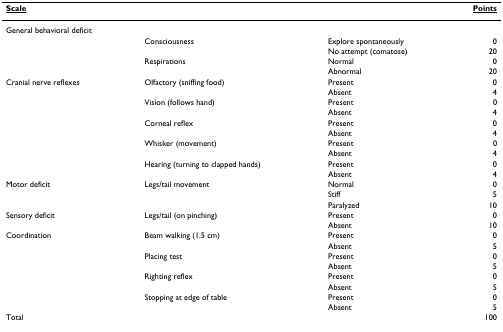
<table><thead><tr><td><b><underline>Scale</underline></b></td><td></td><td></td><td><b><underline>Points</underline></b></td></tr></thead><tbody><tr><td>General behavioral deficit</td><td></td><td></td><td></td></tr><tr><td></td><td>Consciousness</td><td>Explore spontaneously</td><td>0</td></tr><tr><td></td><td></td><td>No attempt (comatose)</td><td>20</td></tr><tr><td></td><td>Respirations</td><td>Normal</td><td>0</td></tr><tr><td></td><td></td><td>Abnormal</td><td>20</td></tr><tr><td>Cranial nerve reflexes</td><td>Olfactory (sniffing food)</td><td>Present</td><td>0</td></tr><tr><td></td><td></td><td>Absent</td><td>4</td></tr><tr><td></td><td>Vision (follows hand)</td><td>Present</td><td>0</td></tr><tr><td></td><td></td><td>Absent</td><td>4</td></tr><tr><td></td><td>Corneal reflex</td><td>Present</td><td>0</td></tr><tr><td></td><td></td><td>Absent</td><td>4</td></tr><tr><td></td><td>Whisker (movement)</td><td>Present</td><td>0</td></tr><tr><td></td><td></td><td>Absent</td><td>4</td></tr><tr><td></td><td>Hearing (turning to clapped hands)</td><td>Present</td><td>0</td></tr><tr><td></td><td></td><td>Absent</td><td>4</td></tr><tr><td>Motor deficit</td><td>Legs/tail movement</td><td>Normal</td><td>0</td></tr><tr><td></td><td></td><td>Stiff</td><td>5</td></tr><tr><td></td><td></td><td>Paralyzed</td><td>10</td></tr><tr><td>Sensory deficit</td><td>Legs/tail (on pinching)</td><td>Present</td><td>0</td></tr><tr><td></td><td></td><td>Absent</td><td>10</td></tr><tr><td>Coordination</td><td>Beam walking (1.5 cm)</td><td>Present</td><td>0</td></tr><tr><td></td><td></td><td>Absent</td><td>5</td></tr><tr><td></td><td>Placing test</td><td>Present</td><td>0</td></tr><tr><td></td><td></td><td>Absent</td><td>5</td></tr><tr><td></td><td>Righting reflex</td><td>Present</td><td>0</td></tr><tr><td></td><td></td><td>Absent</td><td>5</td></tr><tr><td></td><td>Stopping at edge of table</td><td>Present</td><td>0</td></tr><tr><td></td><td></td><td>Absent</td><td>5</td></tr><tr><td>Total</td><td></td><td></td><td>100</td></tr></tbody></table>